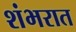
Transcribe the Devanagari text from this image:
शंभरात